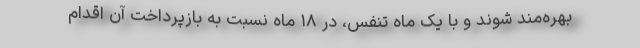
بهره‌مند شوند و با یک ماه تنفس، در ۱۸ ماه نسبت به بازپرداخت آن اقدام